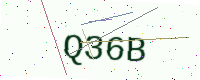
Text: Q36B